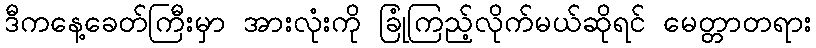
ဒီကနေ့ခေတ်ကြီးမှာ အားလုံးကို ခြုံကြည့်လိုက်မယ်ဆိုရင် မေတ္တာတရား